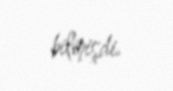
bilmişdi.